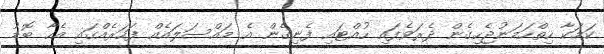
ކަމަކާ ހިތްހަމަނުޖެހިގެން ދެރަވެފައި ހުއްޓައި ފެނިގެން އެ މައްސަލައެއް ފަހަރެއްގައި އެހާ ބޮޑު